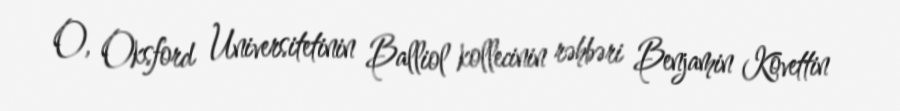
O, Oksford Universitetinin Balliol kollecinin rəhbəri Benjamin Kovettin